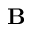
\mathrm { \bf B }